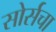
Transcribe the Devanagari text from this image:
सोर्सचा